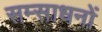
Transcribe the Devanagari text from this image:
सम्साधनों